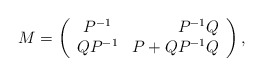
\begin{align*}M=\left(\begin{array}{crc}P^{-1}&P^{-1}Q\\QP^{-1}&P+QP^{-1}Q\\\end{array}\right),\end{align*}